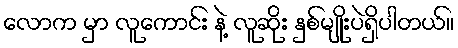
လောက မှာ လူကောင်း နဲ့ လူဆိုး နှစ်မျိုးပဲရှိပါတယ်။